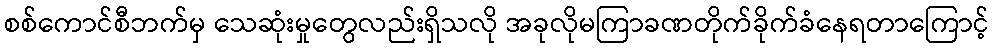
စစ်ကောင်စီဘက်မှ သေဆုံးမှုတွေလည်းရှိသလို အခုလိုမကြာခဏတိုက်ခိုက်ခံနေရတာကြောင့်